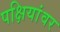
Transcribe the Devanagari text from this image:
पक्षियांवर